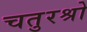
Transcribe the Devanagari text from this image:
चतुरश्रो